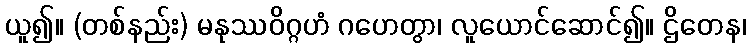
ယူ၍။ (တစ်နည်း) မနုဿဝိဂ္ဂဟံ ဂဟေတွာ၊ လူယောင်ဆောင်၍။ ဌိတေန၊